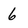
Character: 6